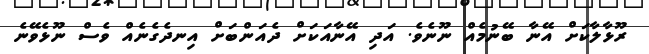
ރޫޅާލާކަށް އޭނާ ބޭނުމެއް ނޫނެވެ. އަދި އޭނާއަކަށް ދެއަންބަށް އިނދެގެނެއް ވެސް ނޫޅެވޭނެ